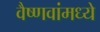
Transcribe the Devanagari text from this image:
वैष्णवांमध्ये